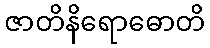
ဇာတိနိရောဓောတိ